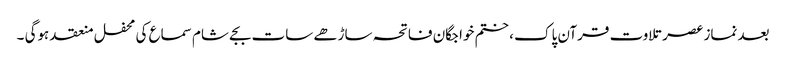
بعد نماز عصر تلاوت قرآن پاک ، ختم خواجگان فاتحہ ساڑھے سات بجے شام سماع کی محفل منعقد ہوگی ۔